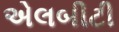
એલબીટી